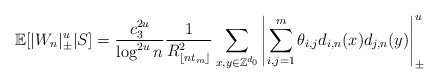
\begin{align*}{\mathbb E}[|W_n|_\pm^u|S]=\frac{c_3^{2u}}{\log^{2u} n} \frac 1{R_{\lfloor nt_m\rfloor}^2}\sum_{x,y\in\mathbb Z^{d_0}} \left|\sum_{i,j=1}^m\theta_{i,j}d_{i,n}(x)d_{j,n}(y)\right|_\pm^u\end{align*}